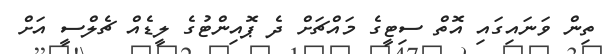
ތިން ވަނައިގައި އޮތް ސިޓީގެ މައްޗަށް ދެ ޕޮއިންޓުގެ ލީޑެއް ޗެލްސީ އަށް